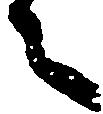
之